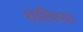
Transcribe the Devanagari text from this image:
शातिरस्त